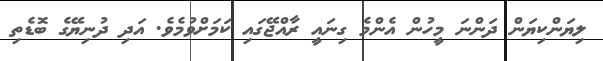
ލިޔަންކިޔަން ދަންނަ މީހުން އެންމެ ގިނައީ ރާއްޖޭގައި ކަމަށްވުމެވެ. އަދި ދުނިޔޭގެ ބޮޑެތި